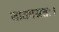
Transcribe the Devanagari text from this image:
जातमग्रतः।